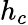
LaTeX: h_{c}